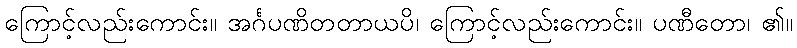
ကြောင့်လည်းကောင်း။ အင်္ဂပဏိတတာယပိ၊ ကြောင့်လည်းကောင်း။ ပဏီတော၊ ၏။